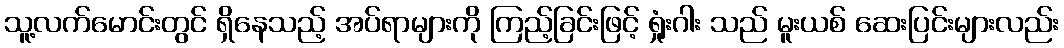
သူ့လက်မောင်းတွင် ရှိနေသည့် အပ်ရာများကို ကြည့်ခြင်းဖြင့် ရှုံးဂါး သည် မူးယစ် ဆေးပြင်းများလည်း